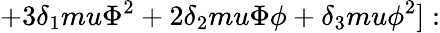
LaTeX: +3\delta_{1}mu\Phi^{2}+2\delta_{2}mu\Phi\phi+\delta_{3}mu\phi^{2}]: